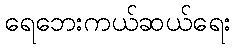
ရေဘေးကယ်ဆယ်ရေး